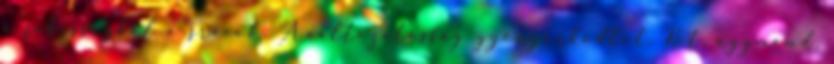
a sebességből a srácok. A változatosság gyönyörködtet. Két, úgymond,